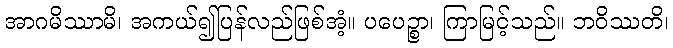
အာဂမိဿာမိ၊ အကယ်၍ပြန်လည်ဖြစ်အံ့။ ပပေဉ္စာ၊ ကြာမြင့်သည်။ ဘဝိဿတိ၊